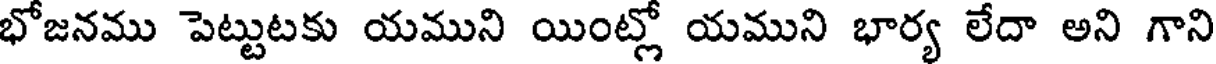
భోజనము పెట్టుటకు యముని యింట్లో యముని భార్య లేదా అని గాని